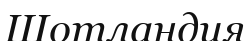
Шотландия